King Institute of Preventive Medicine Micro-Biological Section reports 1909-11
Year: 1909
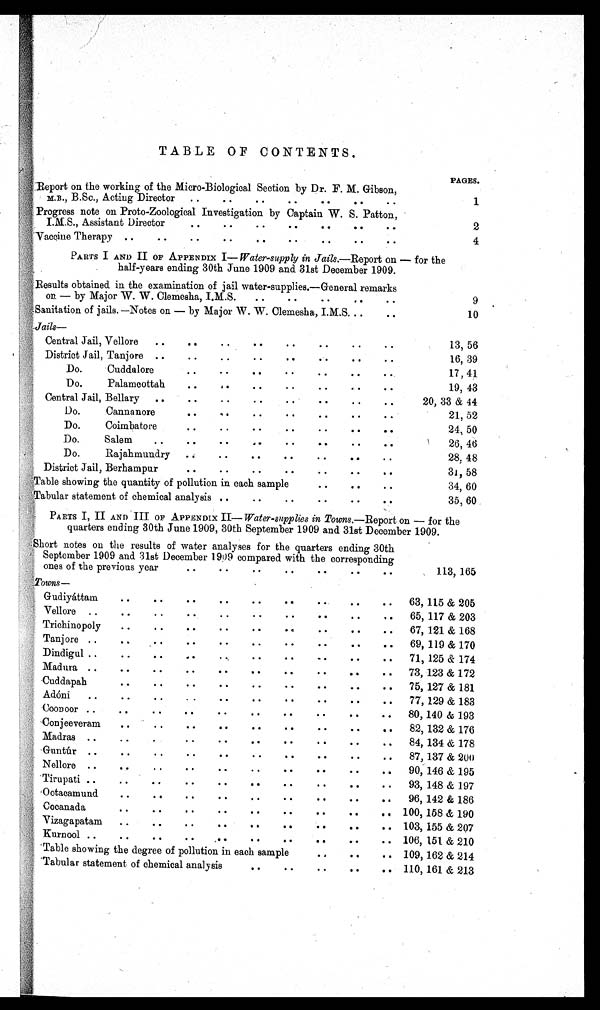
TABLE OF CONTENTS.
R e p o r t o n t h e w o r k i n g o f t h e M i c r o - B i o l o g i c a l S e c t i o n b y D r . F . M . G i b s o n ,
M.B., B.Sc., Acting Director
..
.. ..
..
..
..
. .
PAGES.
1
Progress note on Proto-Zoological Investigation by Captain W. S. Patton,
I.M.S., Assistant Director
.. ..
..
..
. .
.
2
Vaccine Therapy .. .. .. .. .. .. .. .. .
4
PARTS I AND II OF APPENDIX I — Water-supply in Jails.—Report on — for the
half-years ending 30th June 1909 and 31st December 1909.
Results obtained. in the examination of jail water-supplies.—General remarks
on — by Major W. W. Clemesha, I.M.S.
..
.. ..
..
..
9
:Sanitation of jails. —Notes on — by Major W. W . Clemesha, I.M.S. ..
..
10
J a i l s —
Central Jail, Vellore
..
. . .. . . . . . .
13, 56
District Jail, Tanjore ..
.. ..
. . . . . . . . . .
16, 39
Do.
Cuddalore
..
..
. . . . . . . . . . . .
17, 41
Do.
Palamcottah.
. .
. . . . . . . . . . . .
19, 43
Central Jail, Bellary
...
... . . .
. . . . .
20, 33 & 44
Do.
Cannanore
. .
. ,
. . .
. .
. .
. .
21, 52
.
. .
Do.
Coimbatore.
. . .
. .
. .
..
24, 50
Do. Salem.. ..
..
a
.
. .
. .
. .
. .
26, 46
D o . R a j A H M U N D R Y
. . . . . . . . . . . . . . .
28, 48
District Jail, Berhampur
.. ..
..
..
..
. .
31,58
Table showing the quantity of pollution in each sample
.. ..
. .
34, 60
'Tabular statement of chemical analysis ..
..
..
.. ..
. .
35, 60
PARTS I, II AND III OF APPENDIX II— Water-supplies in Towns.—Report on — for the
quarters ending 30th June 1909, 30th September 1909 and 31st December 1909.
Short notes on the results of water analyses for the quarters ending 30th
September 1909 and. 31st December 1909 compared with the corresponding
ones of the previous year
..
..
. .
. .
. .
113, 165
T o w n s —
Gudiyáttam . .
. .
. .
. .
. .
. .
..
..
..
63, 115 & 205
Vellore . ...
..
. .
. . . .
.. ,.
..
65, 117 & 203
Trichinopoly
.. ..
..
..
..
..
.. .. ..
67, 121 & 168
Tanjore ..
..
.. ..
..
..
. .
.. .. ..
69, 119 & 170
Dindigul ..
..
..
..
..
. .
.
. .
.. . .. ..
71, 125 & 174
Madura ..
.. ..
..
..
..
..
.. .. ..
73, 123 &
Cuddapah
.. ..
..
..
..
. .
.. .. ..
75, 127 & 181
Adóni
. .
..
. .
. .
. .
. .
. .
. .
.. .. ..
77, 129 & 183
Coonoor ..
..
..
..
. .
. .
.
.. ... . .
80, 140 & 193
Conjeeveram
..
..
.. . .
. I .
. .
.. . . ..
82, 132 & 176
Madras ..
..
..
..
..
..
..
..
..
84, 134 & 178
.Guntúir . .
..
...
. .
. .
...
. .
.. .. .. ..
87, 137 & 200
Nellore ..
..
. .
..
6
.. ...
Tirupati . .. ..
..
..
..
. . .
. .
..
. . ..
. . . . ..
90, 146 & 195
93, 148 & 197
Ootacamund
..
..
..
. . . .
. .
.. .. ..
96, 142 & 186
Cocanada
. .
. .
. .
..
. .
. .
100, 158 & 190
Vizagapatam
. . . . .
. . . . . .
103, 155 & 207
Kurnool .. ..
..
..
. .
. . . . .
.. .. ..
106, 151 & 210
'Table showing the degree of pollution in each sample
..
.. .. 109, 162 & 214
'Tabular statement of chemical analysis
..
. .
..
..
.. 110, 161 & 213